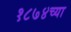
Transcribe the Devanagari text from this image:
१८७४च्या